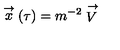
\stackrel { \rightarrow } { x } ( \tau ) = m ^ { - 2 } \stackrel { \rightarrow } { V }